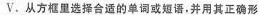
V. 从方框里选择合适的单词或短语，并用其正确形